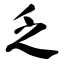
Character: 乏